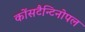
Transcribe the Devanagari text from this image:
कोंसटैन्टिनोपल